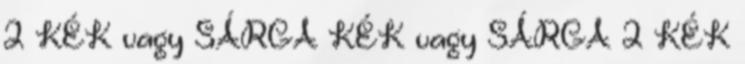
2 KÉK vagy SÁRGA KÉK vagy SÁRGA 2 KÉK